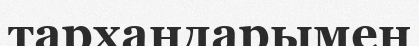
тархандарымен